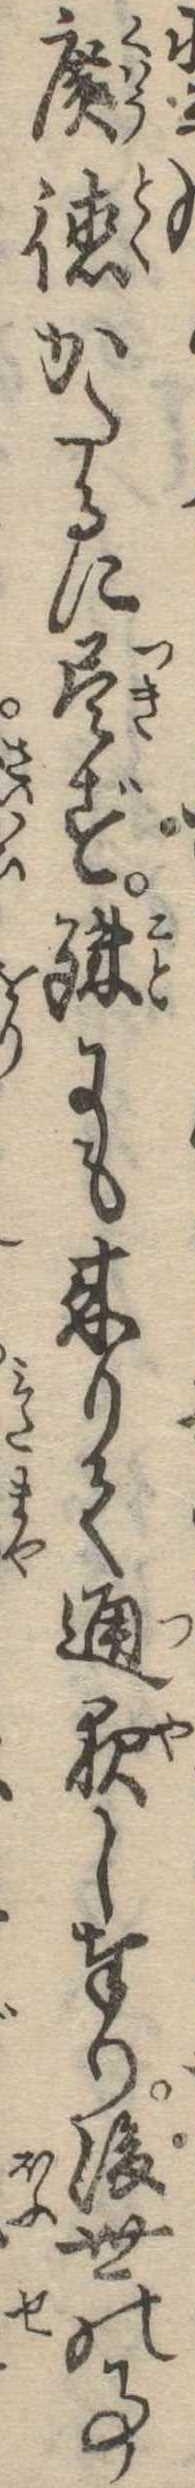
広徳かたるに尽ず殊にも来りて通夜し奉り後世の事